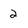
Character: 2